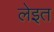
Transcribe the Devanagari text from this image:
लेइत